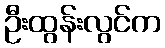
ဦးထွန်းလွင်က